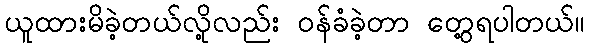
ယူထားမိခဲ့တယ်လို့လည်း ဝန်ခံခဲ့တာ တွေ့ရပါတယ်။